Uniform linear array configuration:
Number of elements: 24
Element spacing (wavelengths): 0.5
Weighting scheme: hann
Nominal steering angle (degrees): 0
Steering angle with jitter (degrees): -1.906
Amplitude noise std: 0.05
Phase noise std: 0.05

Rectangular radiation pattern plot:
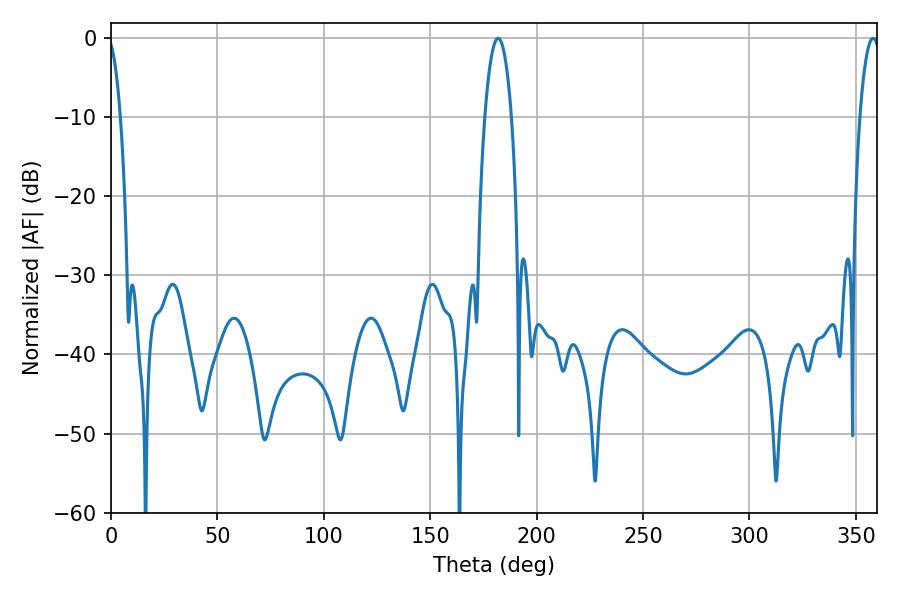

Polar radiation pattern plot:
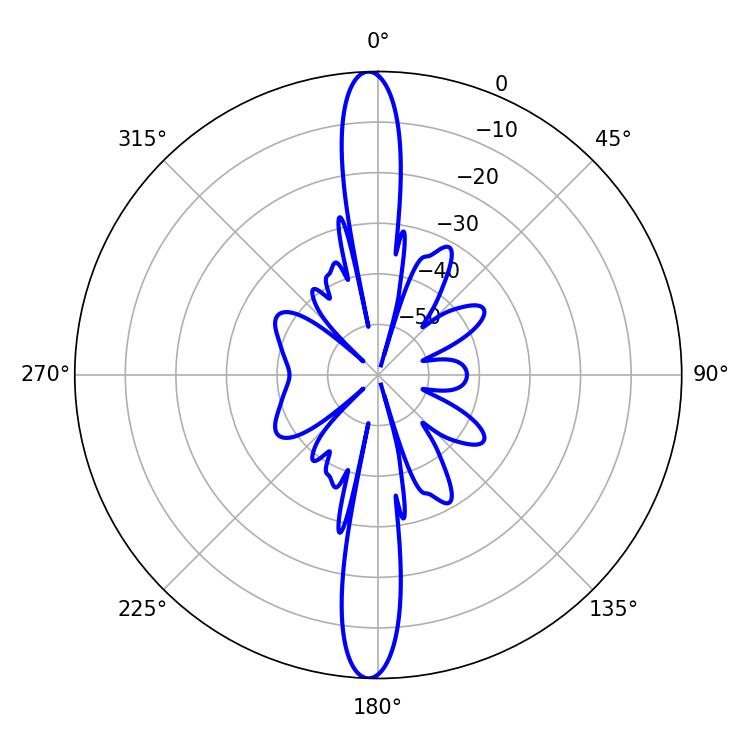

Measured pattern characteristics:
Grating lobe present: FALSE
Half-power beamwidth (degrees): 7.02
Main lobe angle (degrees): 181.98